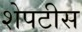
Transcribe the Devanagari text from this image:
शेपटीस